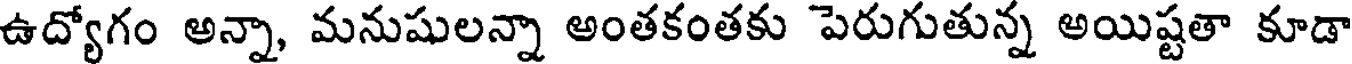
ఉద్యోగం అన్నా, మనుషులన్నా అంతకంతకు పెరుగుతున్న అయిష్టతా కూడా